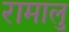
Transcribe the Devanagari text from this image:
रामालु